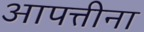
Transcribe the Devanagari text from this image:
आपत्तीना